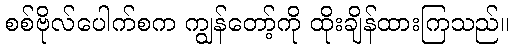
စစ်ဗိုလ်ပေါက်စက ကျွန်တော့်ကို ထိုးချိန်ထားကြသည်။